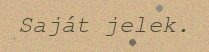
Saját jelek.